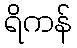
ရိကန်